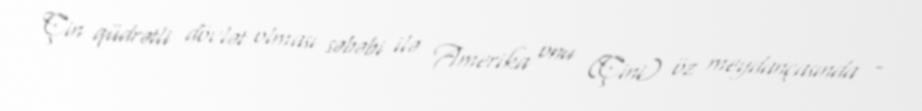
Çin qüdrətli dövlət olması səbəbi ilə Amerika onu (Çini) öz meydançasında -